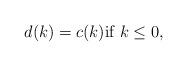
LaTeX: \begin{align*}d(k) = c(k) \mbox{if } k \leq 0 , \\ \end{align*}